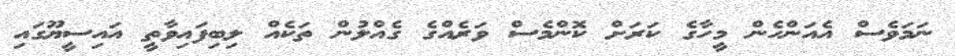
ނަމަވެސް އެއަންހެން މީހާގެ ކަރަށް ކޮންމެސް ވަރެއްގެ ގެއްލުން ތަކެއް ލިބިފައިވާތީ އައިސީޔޫގައި